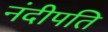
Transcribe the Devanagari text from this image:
नंदीपति